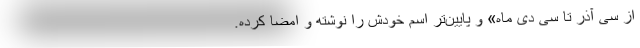
از سی آذر تا سی دی ماه» و پایین‌تر اسم خودش را نوشته و امضا کرده.